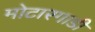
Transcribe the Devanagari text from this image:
मोटारगाडी